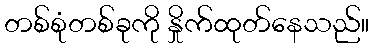
တစ်စုံတစ်ခုကို နှိုက်ထုတ်နေသည်။